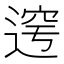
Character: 𲅤